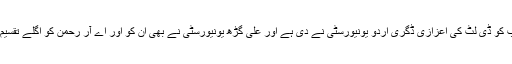
بے حد افسوس ہوا، نارنگ صاحب کو ڈی لٹ کی اعزازی ڈگری اردو یونیورسٹی نے دی ہے اور علی گڑھ یونیورسٹی نے بھی ان کو اور اے آر رحمٰن کو اگلے تقسیم اسناد میں دینے کا اعلان کیا ہے۔